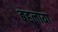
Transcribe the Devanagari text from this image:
बहलाया